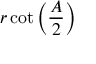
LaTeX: r \cot \left( { \frac { A } { 2 } } \right)